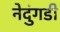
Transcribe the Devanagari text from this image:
नेदुंगडी